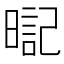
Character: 𣉸